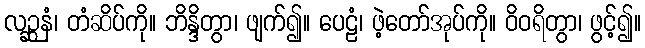
လဉ္ဆနံ၊ တံဆိပ်ကို။ ဘိန္ဒိတွာ၊ ဖျက်၍။ ပေဠံ၊ ဖဲ့တော်အုပ်ကို။ ဝိဝရိတွာ၊ ဖွင့်၍။